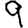
Digit: 9